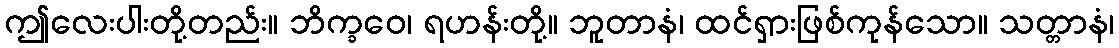
ဤလေးပါးတို့တည်း။ ဘိက္ခဝေ၊ ရဟန်းတို့။ ဘူတာနံ၊ ထင်ရှားဖြစ်ကုန်သော။ သတ္တာနံ၊